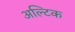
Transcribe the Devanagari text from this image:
अल्टिक